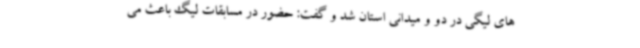
های لیگی در دو و میدانی استان شد و گفت: حضور در مسابقات لیگ باعث می